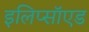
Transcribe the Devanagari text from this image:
इलिप्सॉएड